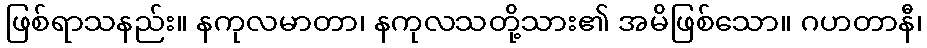
ဖြစ်ရာသနည်း။ နကုလမာတာ၊ နကုလသတို့သား၏ အမိဖြစ်သော။ ဂဟတာနီ၊